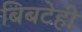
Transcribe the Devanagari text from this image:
बिबटेही